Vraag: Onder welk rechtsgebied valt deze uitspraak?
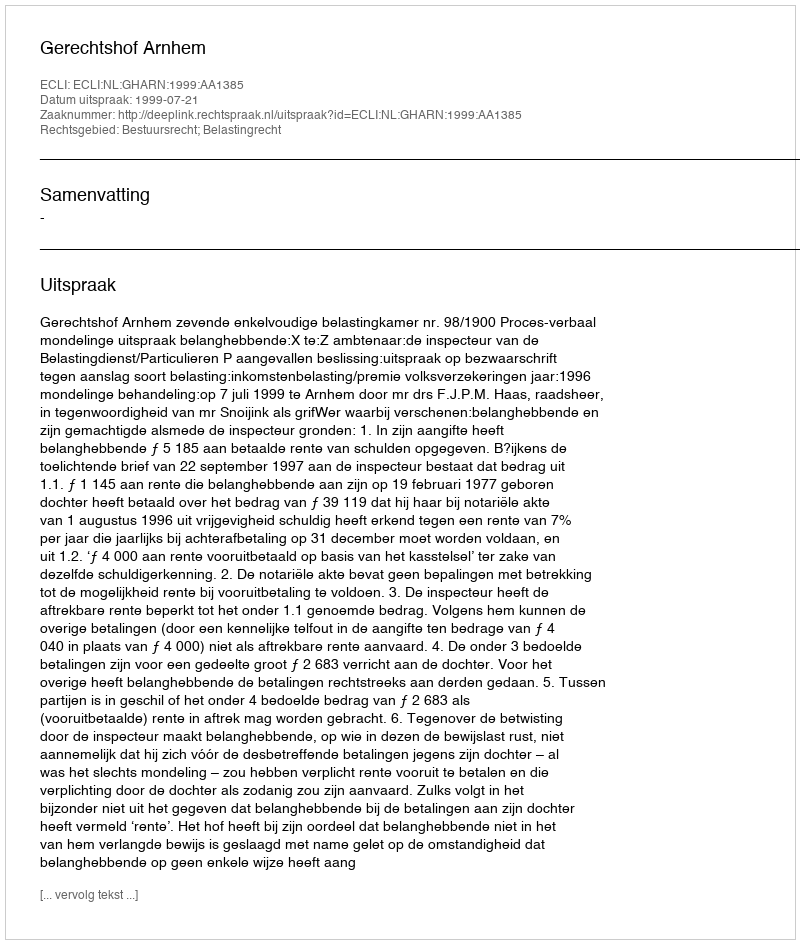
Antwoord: Bestuursrecht; Belastingrecht